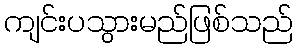
ကျင်းပသွားမည်ဖြစ်သည်